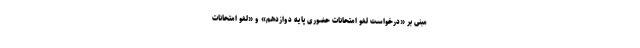
مبنی بر «درخواست لغو امتحانات حضوری پایه دوازدهم» و «لغو امتحانات